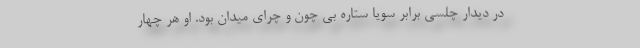
در دیدار چلسی برابر سویا ستاره بی چون و چرای میدان بود. او هر چهار